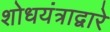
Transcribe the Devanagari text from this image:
शोधयंत्राद्वारे